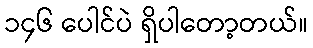
၁၄၆ ပေါင်ပဲ ရှိပါတော့တယ်။